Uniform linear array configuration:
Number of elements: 24
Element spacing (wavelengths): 0.75
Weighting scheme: cosine
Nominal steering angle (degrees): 15
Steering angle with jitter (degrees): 15.004
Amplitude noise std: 0.05
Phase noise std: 0.05

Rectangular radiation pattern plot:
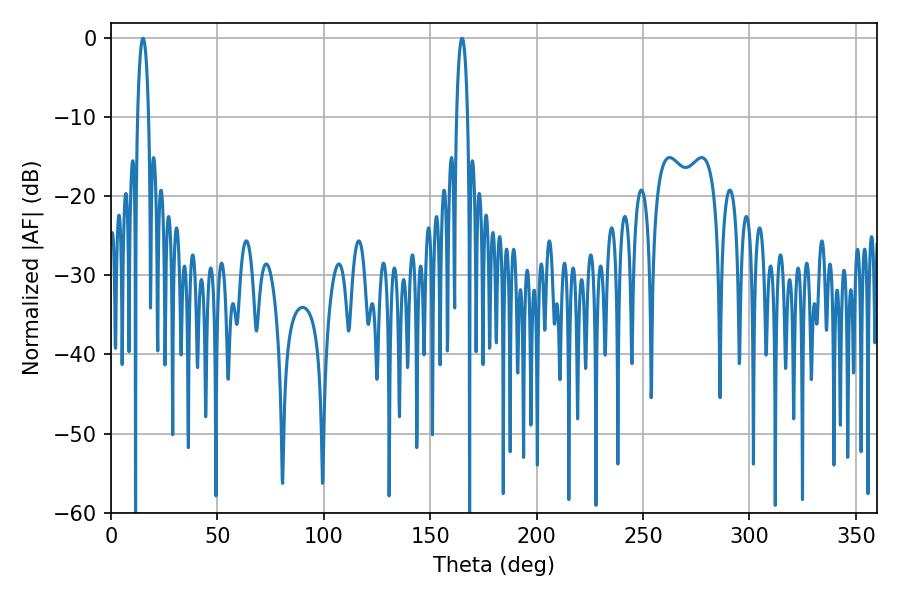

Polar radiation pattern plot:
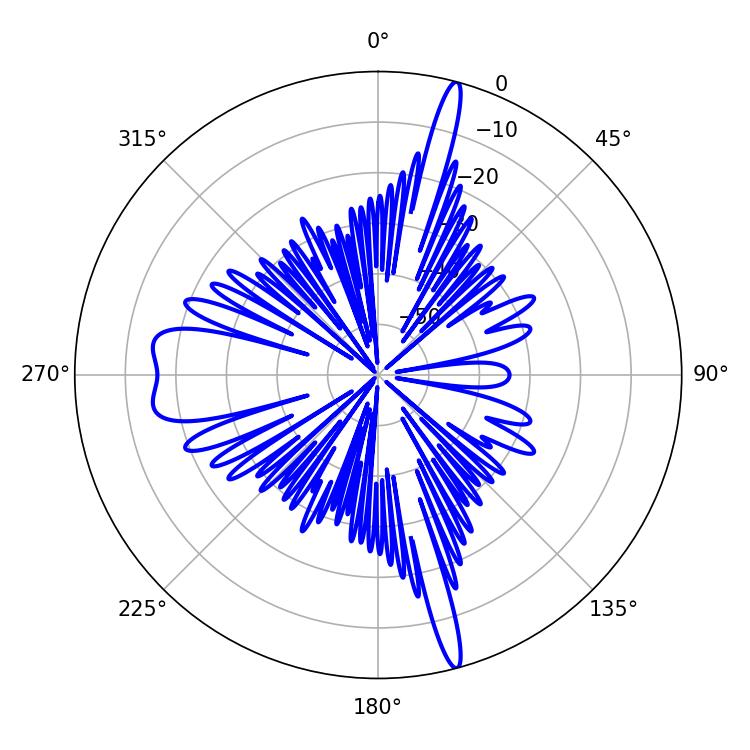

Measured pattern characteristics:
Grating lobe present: TRUE
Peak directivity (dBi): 20.985
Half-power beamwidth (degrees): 2.88
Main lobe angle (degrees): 15.12